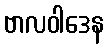
ဗာလဝါဒေန